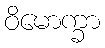
ဝိမောက္ခာ